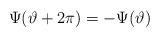
LaTeX: \begin{align*}\Psi (\vartheta +2\pi )=-\Psi (\vartheta )\end{align*}